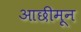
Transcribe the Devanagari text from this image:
आछीमून